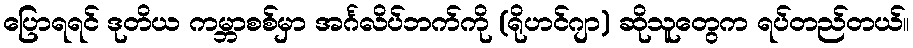
ပြောရရင် ဒုတိယ ကမ္ဘာစစ်မှာ အင်္ဂလိပ်ဘက်ကို (ရိုဟင်ဂျာ) ဆိုသူတွေက ရပ်တည်တယ်။